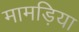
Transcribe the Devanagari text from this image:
मामड़िया